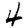
Digit: 4